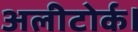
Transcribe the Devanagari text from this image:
अलीटोर्क।